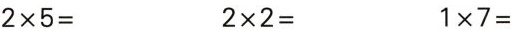
$$2 \times 5 =$$ $$2 \times 2 =$$ $$1 \times 7 =$$